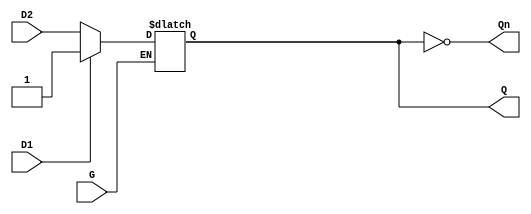
module dual_input_gated_latch (
    input wire D1,     // First data input
    input wire D2,     // Second data input
    input wire G,      // Gate control input
    output reg Q,      // Latch output
    output wire Qn     // Inverted output
);

// Inverted output (optional)
assign Qn = ~Q;

// Latch behavior
always @(*) begin
    if (G) begin
        // When G is high, select input based on some condition or logic (example: simple mux)
        // Here we can choose to prioritize D1 over D2 or vice versa
        // For example, we can assume if D1 is high, we take D1; otherwise take D2
        Q = D1 ? D1 : D2;
    end
    // When G is low, Q retains its last value
end

endmodule